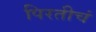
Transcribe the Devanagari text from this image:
पिरतीचं